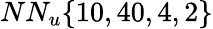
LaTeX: NN_{u}\{ 10,40,4,2\}